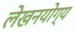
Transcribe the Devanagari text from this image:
लेखनयोग्य